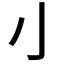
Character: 𰍧